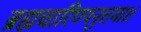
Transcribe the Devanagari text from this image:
ब्रह्मचारिण्यनुत्तमा॥